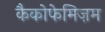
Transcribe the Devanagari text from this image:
कैकोफेमिज़म